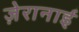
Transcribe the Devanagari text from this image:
ज़ेरानाई